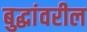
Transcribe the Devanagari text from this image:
बुद्धांवरील